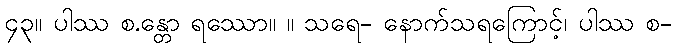
၄၃။ ပါဿ စ.န္တော ရဿော။ ။ သရေ- နောက်သရကြောင့်၊ ပါဿ စ-